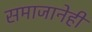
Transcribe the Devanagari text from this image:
समाजानेही